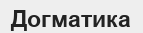
Догматика